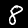
Label: 8